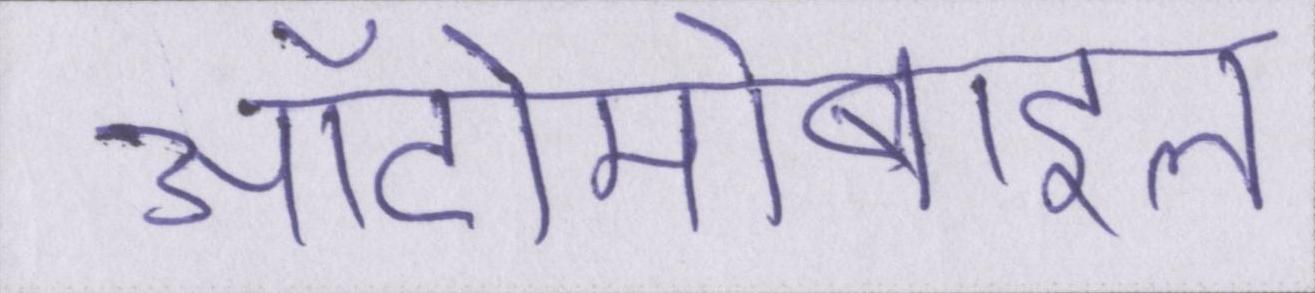
ऑटोमोबाइल